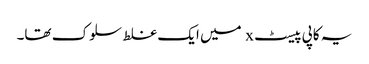
یہ کاپی پیسٹ x میں ایک غلط سلوک تھا۔